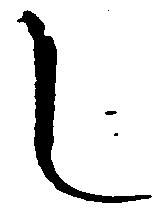
し